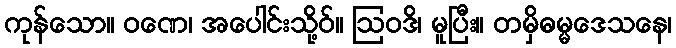
ကုန်သော။ ဝဏေ၊ အပေါင်းသို့ဝ်။ ဩဝဒိ၊ မူပြီး။ တမှိဓမ္မဒေသနေ၊